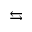
\leftrightarrows